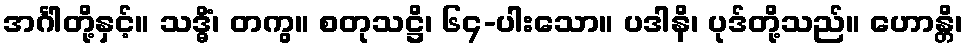
အင်္ဂါတို့နှင့်။ သဒ္ဓိံ၊ တကွ။ စတုသဋ္ဌိ၊ ၆၄-ပါးသော။ ပဒါနိ၊ ပုဒ်တို့သည်။ ဟောန္တိ၊